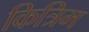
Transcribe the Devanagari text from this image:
कित्रिम